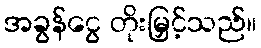
အခွန်ငွေ တိုးမြှင့်သည်။